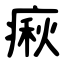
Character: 㾭